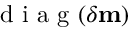
\mathrm { ~ d ~ i ~ a ~ g ~ } ( \delta \mathbf { m } )